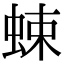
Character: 𧋐